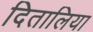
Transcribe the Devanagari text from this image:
दितालिया